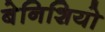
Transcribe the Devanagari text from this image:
बेनिशियो